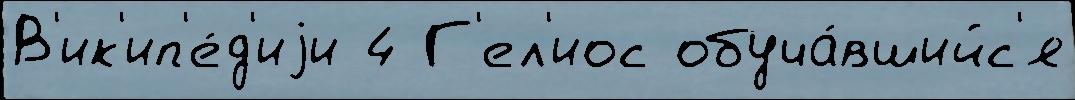
В'ик'ип'е́д'иjи 4 Г'ел'иос обуча́вшийс'я